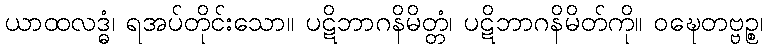
ယာထလဒ္ဓံ၊ ရအပ်တိုင်းသော။ ပဋိဘာဂနိမိတ္တံ၊ ပဋိဘာဂနိမိတ်ကို။ ဝဍ္ဎေတဗ္ဗဉ္စ၊